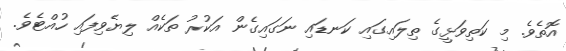
އޮތެވެ. މި ކަތިވަޅީގެ ތިލައިގައި ކަނޑައި ނަގައިގެން އަކުރު ތަކެއް ލިޔެވިފައި ހުއްޓެވެ.